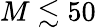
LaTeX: M\lesssim 50